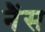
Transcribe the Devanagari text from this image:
नैंस